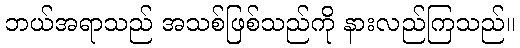
ဘယ်အရာသည် အသစ်ဖြစ်သည်ကို နားလည်ကြသည်။